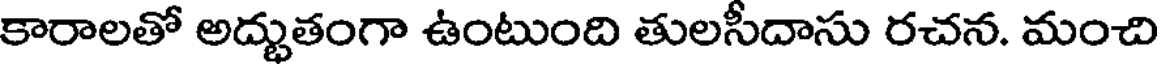
కారాలతో అద్భుతంగా ఉంటుంది తులసీదాసు రచన. మంచి